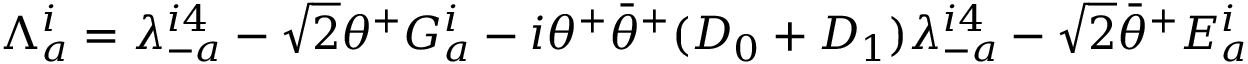
\Lambda _ { a } ^ { i } = \lambda _ { - a } ^ { i 4 } - \sqrt 2 \theta ^ { + } G _ { a } ^ { i } - i \theta ^ { + } { \bar { \theta } } ^ { + } ( D _ { 0 } + D _ { 1 } ) \lambda _ { - a } ^ { i 4 } - \sqrt 2 { \bar { \theta } } ^ { + } E _ { a } ^ { i }